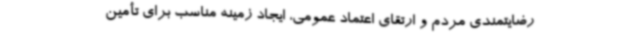
رضایتمندی مردم و ارتقای اعتماد عمومی، ایجاد زمینه مناسب برای تأمین